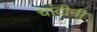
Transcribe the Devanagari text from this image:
चांदीनी